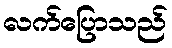
လက်ပြောသည်